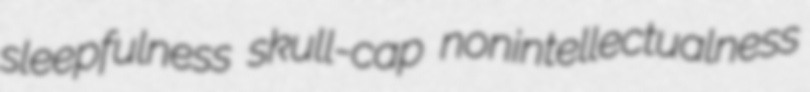
sleepfulness skull-cap nonintellectualness